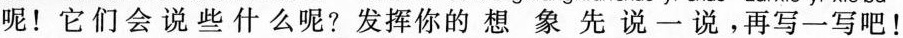
呢！它们会说些什么呢？发挥你的想象先说一说，再写一写吧！